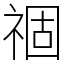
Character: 祻